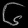
Digit: ၆